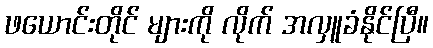
ဖယောင်းတိုင် များကို လိုက် အလှူခံနိုင်ပြီ။